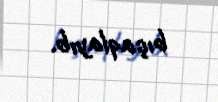
bıçaqlayıb.